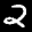
Label: 2